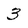
Character: 3